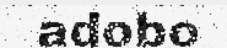
adobo